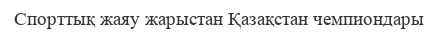
Спорттық жаяу жарыстан Қазақстан чемпиондары